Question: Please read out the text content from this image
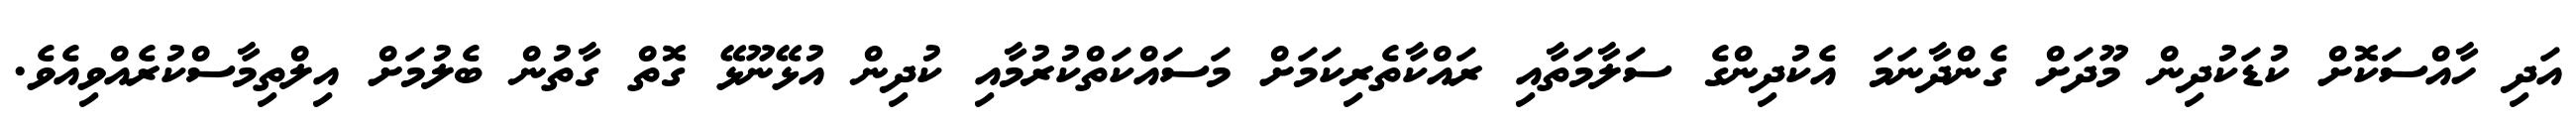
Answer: އަދި ހާއްސަކޮށް ކުޑަކުދިން މޫދަށް ގެންދާނަމަ އެކުދިންގެ ސަލާމަތާއި ރައްކާތެރިކަމަށް މަސައްކަތްކުރުމާއި ކުދިން އުޅޭނޫޅޭ ގޮތް ގާތުން ބެލުމަށް އިލްތިމާސްކުރެއްވިއެވެ.